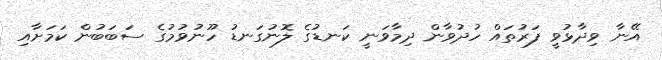
އޭނާ ވިދާޅުވީ ފަރުތައް ހުދުވާން ދިމާވަނީ ކަނޑުގެ ލޮނުގަނޑު ހޫނުވުމުގެ ސަބަބުން ކަމަށާއި